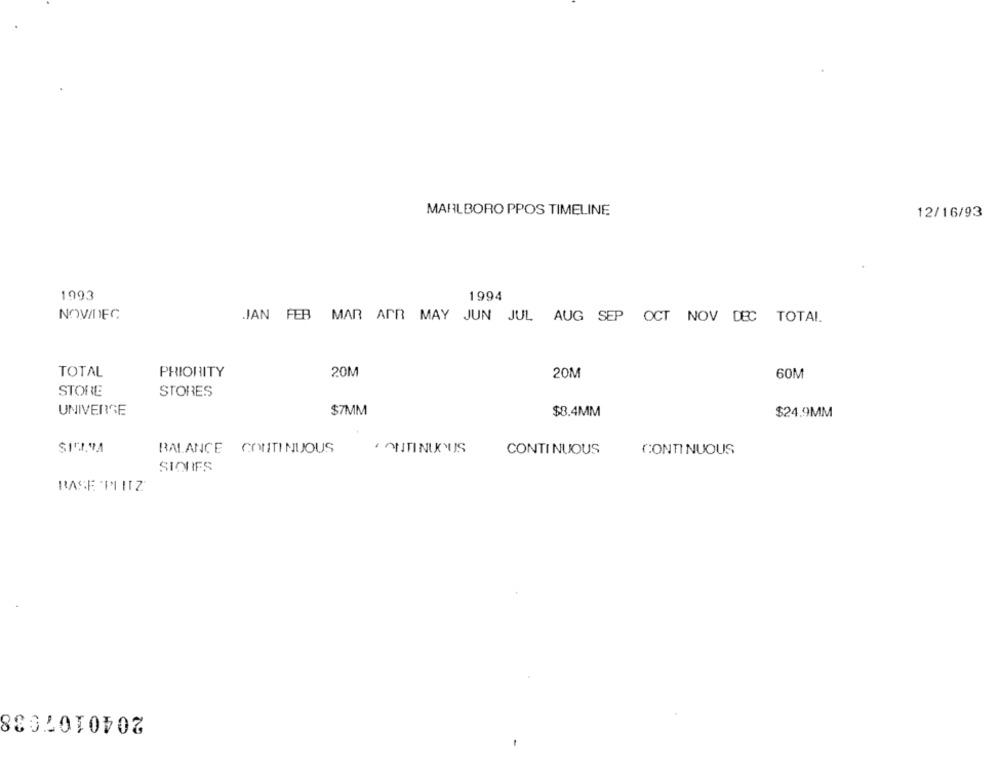
MARLBORO PPOS TIMELINE
12/16/93
1993
1994
NOV/DEC
JAN FEB MAR APR MAY JUN JUL AUG SEP OCT NOV DEC TOTAL
TOTAL
PRIORITY
20M
20M
60M
STORE
STORES
UNIVERSE
$7MM
$8.4MM
$24.9MM
BALANCE CONTINUOUS
OUITINUOUS
CONTINUOUS
CONTINUOUS
SIONES
BASE PINZ'
2040107038